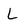
Character: L